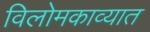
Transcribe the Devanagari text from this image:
विलोमकाव्यात